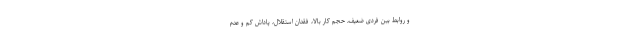
و روابط بین فردی ضعیف، حجم کار بالا، فقدان استقلال، پاداش کم و عدم